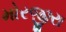
મોરજીરા